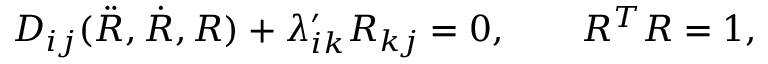
\begin{array} { r } { D _ { i j } ( \ddot { R } , \dot { R } , R ) + \lambda _ { i k } ^ { \prime } R _ { k j } = 0 , \qquad R ^ { T } R = 1 , } \end{array}